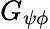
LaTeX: G_{\psi\phi}